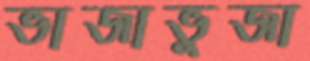
ভাজাভুজা